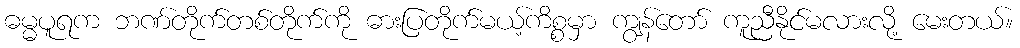
ဓမ္မပူရက ဘဏ်တိုက်တစ်တိုက်ကို ဓားပြတိုက်မယ့်ကိစ္စမှာ ကျွန်တော် ကူညီနိုင်မလားလို့ မေးတယ်။